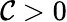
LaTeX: \mathcal{C}>0